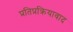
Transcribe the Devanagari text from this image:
प्रतिप्रक्रियावाद